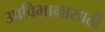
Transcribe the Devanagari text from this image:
उपविभागासाठी